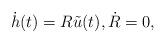
LaTeX: \begin{align*}\dot{h}(t) = R \tilde{u}(t), \dot{R} = 0,\end{align*}